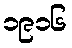
၁၉၁၆